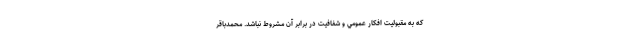
كه به مقبوليت افكار عمومي و شفافيت در برابر آن مشروط نباشد. محمدباقر